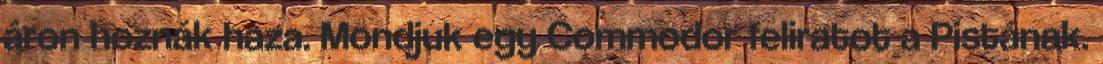
áron hoznák haza. Mondjuk egy Commodor feliratot a Pistának.